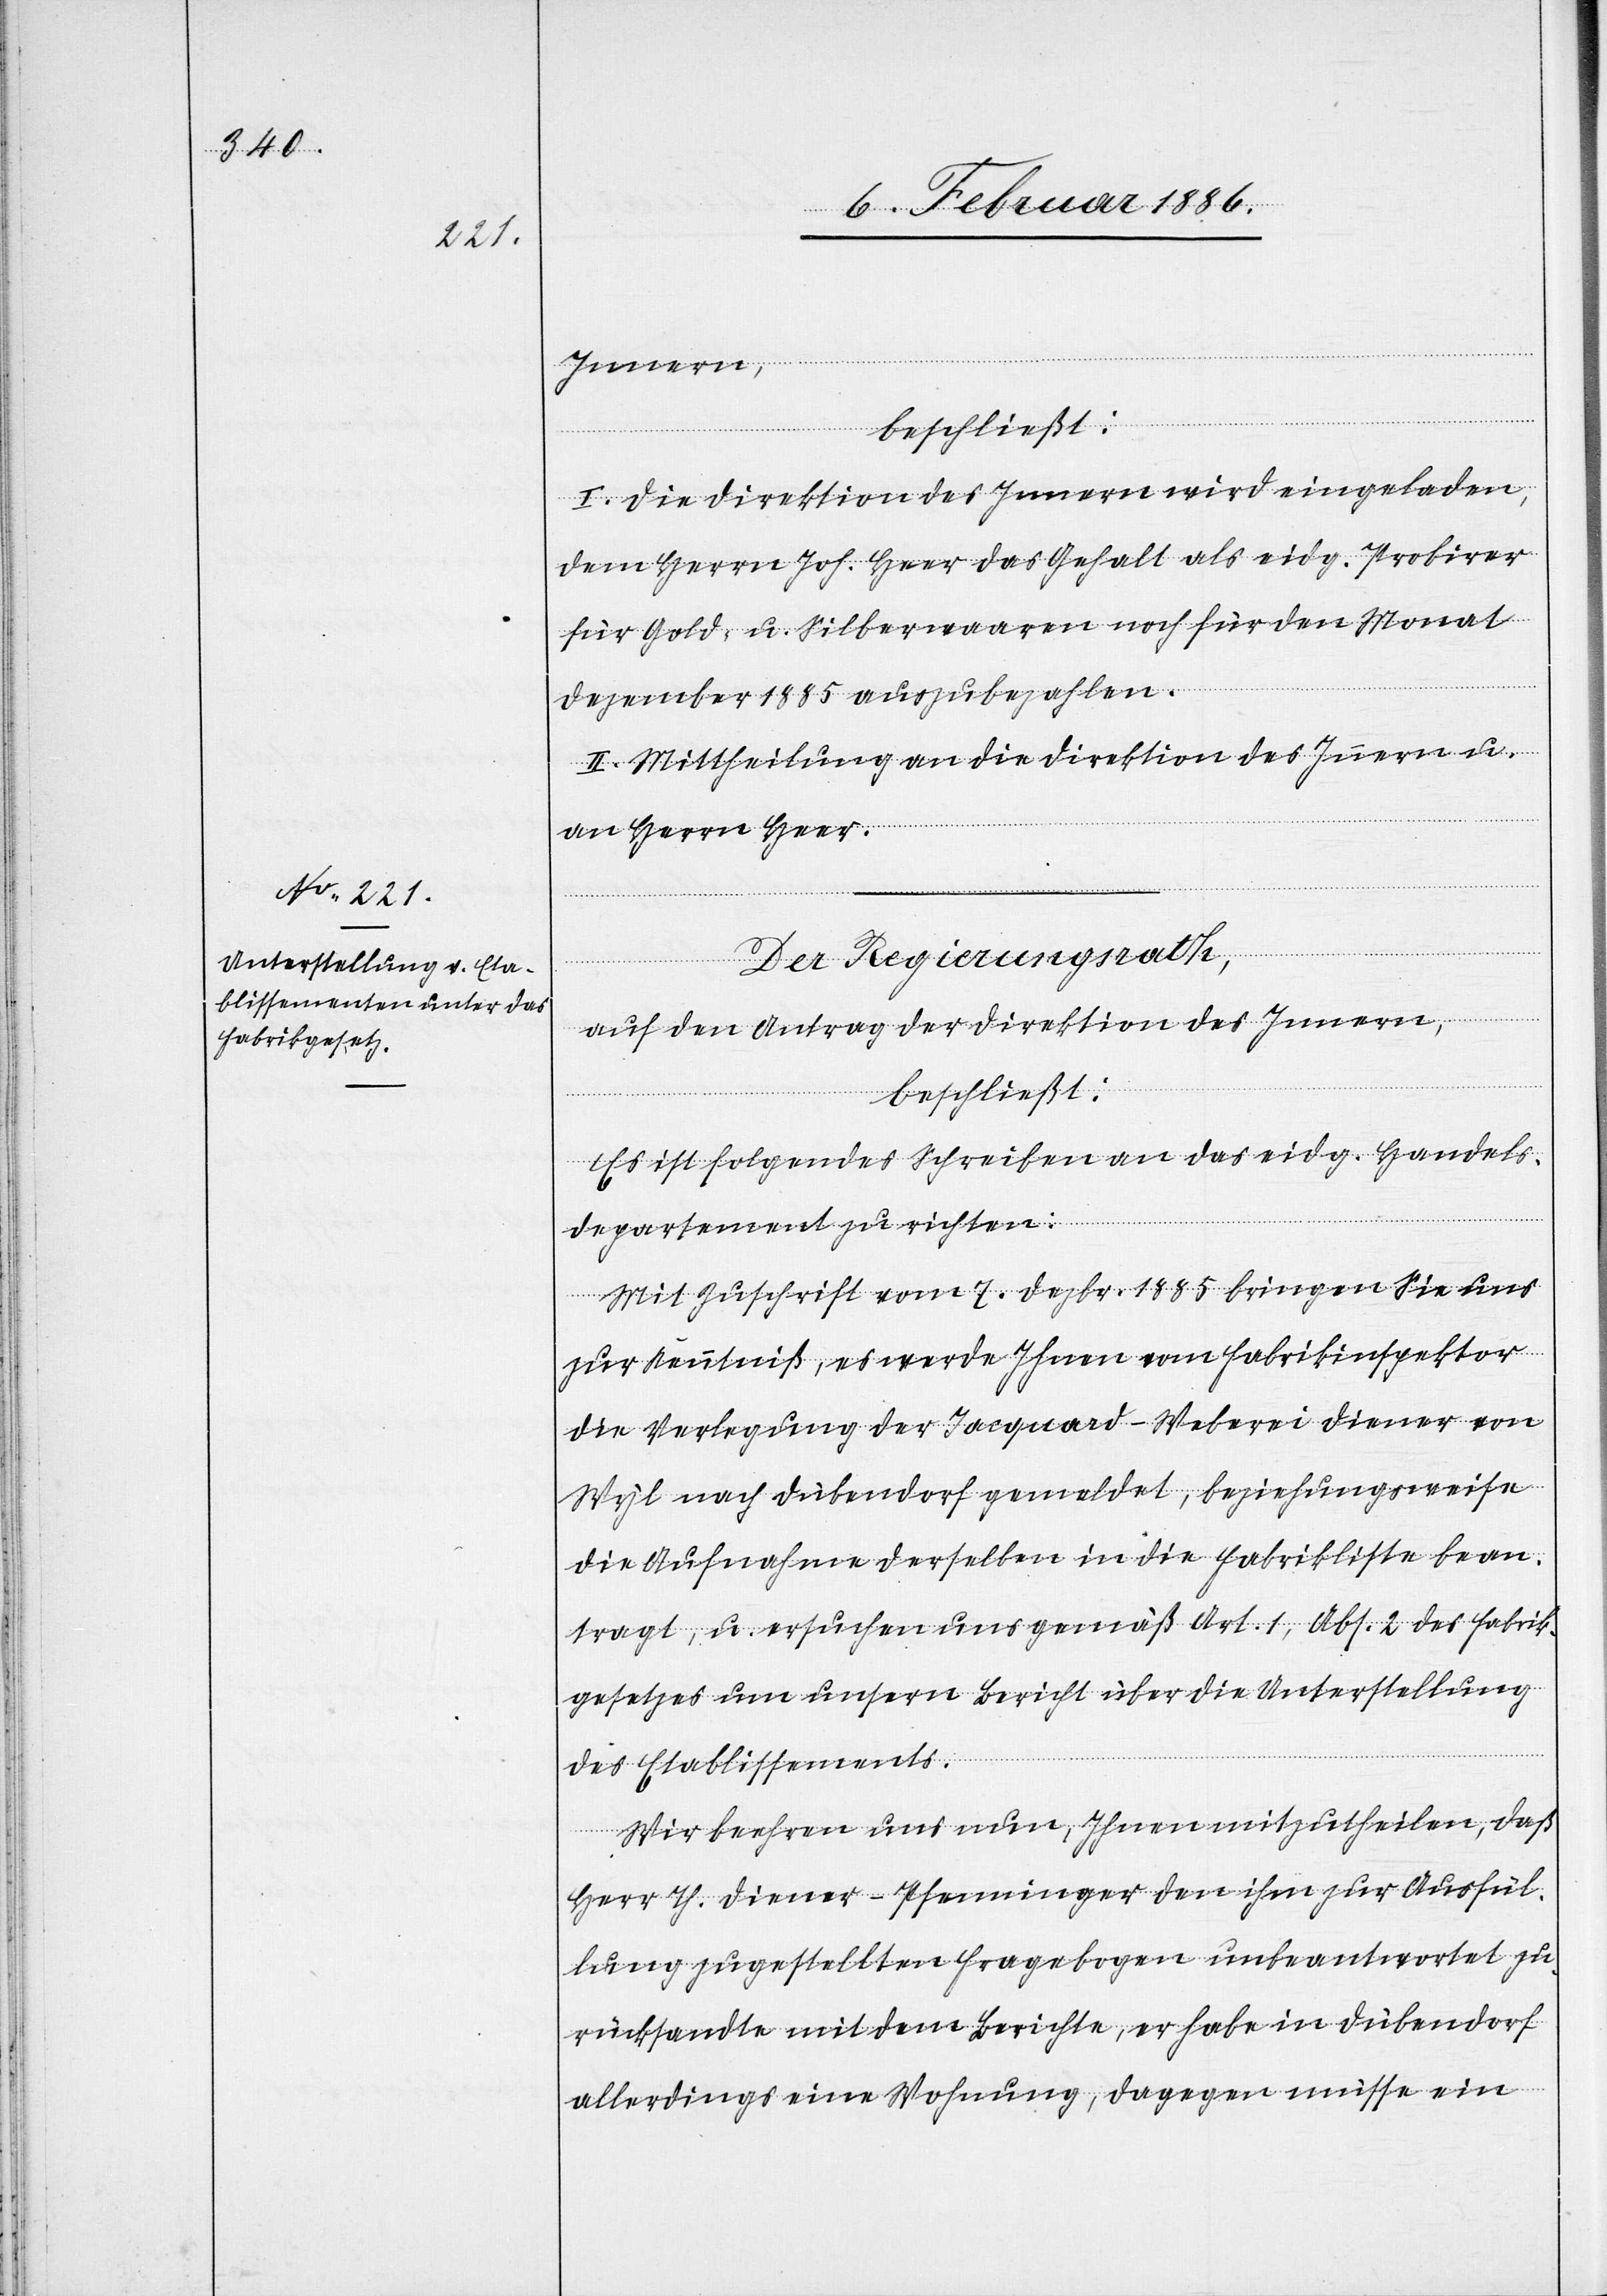
Innern,
beschließt;
I. Die Direktion des Innern wird eingeladen,
dem Herrn Joh. Heer das Gehalt als eidg. Probirer
für Gold- u. Silberwaaren noch für den Monat
Dezember 1885 auszubezahlen.
II. Mittheilung an die Direktion des Innern u.
an Herrn Heer.
Der Regierungsrath,
auf den Antrag der Direktion des Innern,
beschließt:
Es ist folgendes Schreiben an das eidg. Handels¬
departement zu richten:
„Mit Zuschrift vom 7. Dezbr. 1885 bringen Sie uns
zur Kenntniß, es werde Ihnen vom Fabrikinspektor
die Verlegung der Jacquard-Weberei Diener von
Wyl nach Dübendorf gemeldet, beziehungsweise
die Aufnahme derselben in die Fabrikliste bean¬
tragt, u. ersuchen uns gemäß Art. 1, Abs. 2 des Fabrik¬
gesetzes um unsern Bericht über die Unterstellung
des Etablissements.
Wir beehren uns nun, Ihnen mitzutheilen, daß
Herr Th. Diener-Pfenninger den ihm zur Ausfül¬
lung zugestellten Fragebogen unbeantwortet zu¬
rücksandte mit dem Berichte, er habe in Dübendorf
allerdings eine Wohnung, dagegen müsse ein